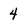
Character: 4